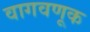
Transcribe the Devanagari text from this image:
वागवणूक